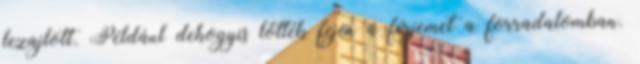
lezajlott. Például dehogyis lőtték fejen a férjemet a forradalomban.